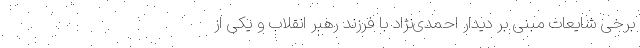
برخی شایعات مبنی بر دیدار احمدی‌نژاد با فرزند رهبر انقلاب و یکی از